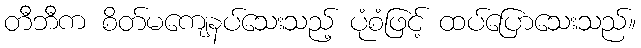
တီဘီက စိတ်မကျေနပ်သေးသည့် ပုံစံဖြင့် ထပ်ပြောသေးသည်။